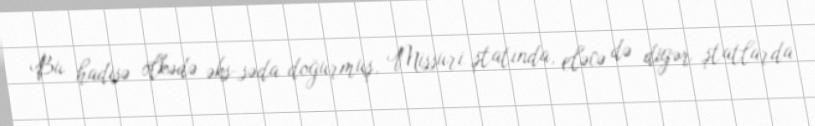
Bu hadisə ölkədə əks-səda doğurmuş, Missuri ştatında, eləcə də digər ştatlarda